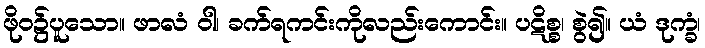
ဖိုဝ၌ပူသော။ ဖာလံ ဝါ၊ ခက်ရကင်းကိုလည်းကောင်း။ ပဋိစ္စ၊ စွဲ၍။ ယံ ဒုက္ခံ၊